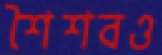
শৈশবও